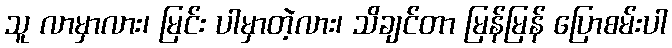
သူ လာမှာလား၊ မြင်း ပါမှာတဲ့လား၊ သိချင်တာ မြန်မြန် ပြောစမ်းပါ